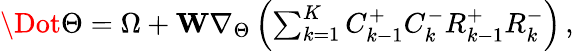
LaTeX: \begin{array}{r}{\Dot{\Theta}=\Omega+\mathbf{W}\nabla_{\Theta}\left(\sum_{k=1}^{K}C_{k-1}^{+}C_{k}^{-}R_{k-1}^{+}R_{k}^{-}\right)\, ,}\end{array}